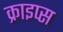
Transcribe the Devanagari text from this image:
क्राइप्स